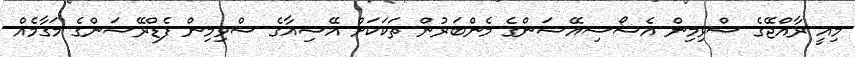
މިއީ ރާއްޖޭގެ ސްވިމިން އެސޯސިއޭޝަންގެ މެންބަރުން ތަކަކަށް އޭޝިއާގެ ސްވިމިން ފެޑްރޭޝަންގެ މަގާމެއް